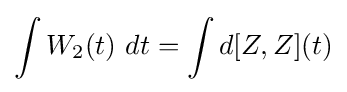
\int W_{2}(t)\ dt=\int d[Z,Z](t)